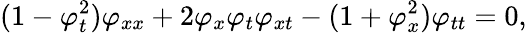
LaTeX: (1-\varphi_{t}^{2})\varphi_{xx}+2\varphi_{x}\varphi_{t}\varphi_{xt}-(1+\varphi_{x}^{2})\varphi_{tt}=0,